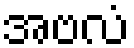
အဗလံ